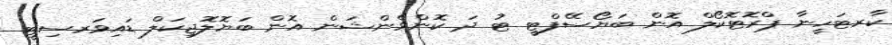
ކާރޓަހީނާ ޕްރޮޓޮކޯލް އޮން ބަޔޯސޭފްޓީ ޓު ދަ ކޮންވެންޝަން އޮން ބަޔޮލޮޖިކަލް ޑައިވަރސިޓީ